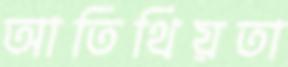
আতিথিয়তা